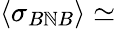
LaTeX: \langle\sigma_{B\mathbb{N}B}\rangle\simeq